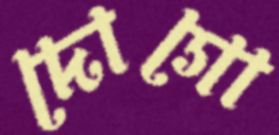
দোগো